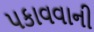
પકાવવાની